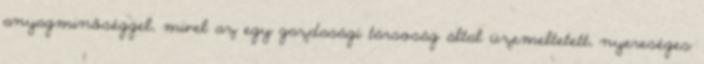
anyagminőséggel, mivel az egy gazdasági társoság által üzemeltetett, nyereséges